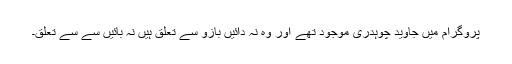
پروگرام میں جاوید چوہدری موجود تھے اور وہ نہ دائیں بازو سے تعلق ہیں نہ بائیں سے سے تعلق۔